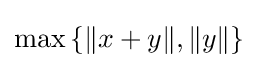
\max \left\{\|x+y\|,\|y\|\right\}